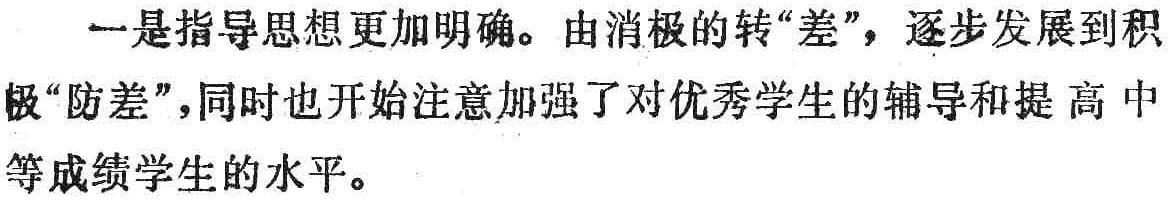
一是指导思想更加明确。由消极的转“差”，逐步发展到积极“防差”，同时也开始注意加强了对优秀学生的辅导和提高中等成绩学生的水平。